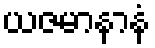
ယဇမာနာနံ